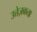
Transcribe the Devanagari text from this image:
उत्तेज़कता